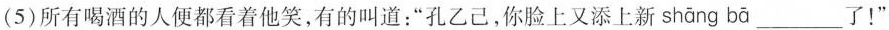
(5)所有喝酒的人便都看着他笑，有的叫道：”孔乙己，你脸上又添上新 shāng bā___了！”